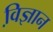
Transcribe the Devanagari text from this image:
वि़ज्ञान